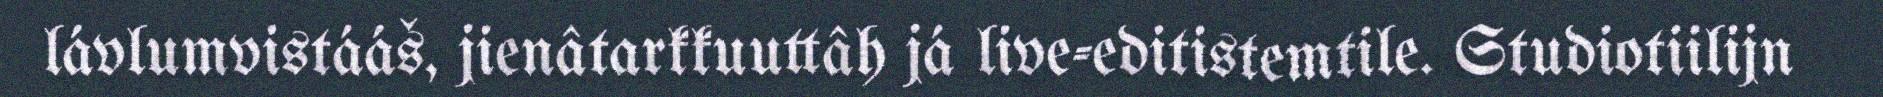
lávlumvistááš, jienâtarkkuuttâh já live-editistemtile. Studiotiilijn